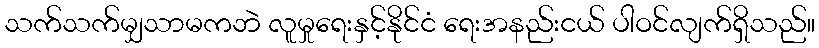
သက်သက်မျှသာမကဘဲ လူမှုရေးနှင့်နိုင်ငံ ရေးအနည်းငယ် ပါဝင်လျက်ရှိသည်။